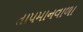
તાપમાનવાળા